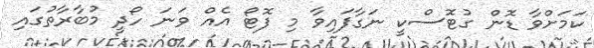
ކަމަށްވާ ޑޮން ގުޓޮސްކީ ނަގާފައިވާ މި ފޮޓޯ އެއް ވަނަ ހޯދީ މުބާރާތުގައި